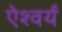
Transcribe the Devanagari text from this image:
ऐश्वर्यं